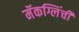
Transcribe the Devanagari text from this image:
मॅकग्लिंची